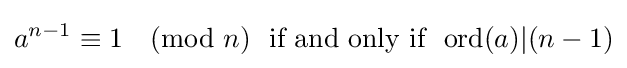
a^{n-1}\equiv 1{\pmod {n}}\ {\text{  if and only if }}{\text{ ord}}(a)|(n-1)